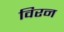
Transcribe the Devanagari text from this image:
विरन